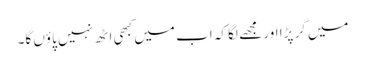
میں گر پڑا اور مجھے لگا کہ اب میں کبھی اٹھ نہیں پاؤں گا۔